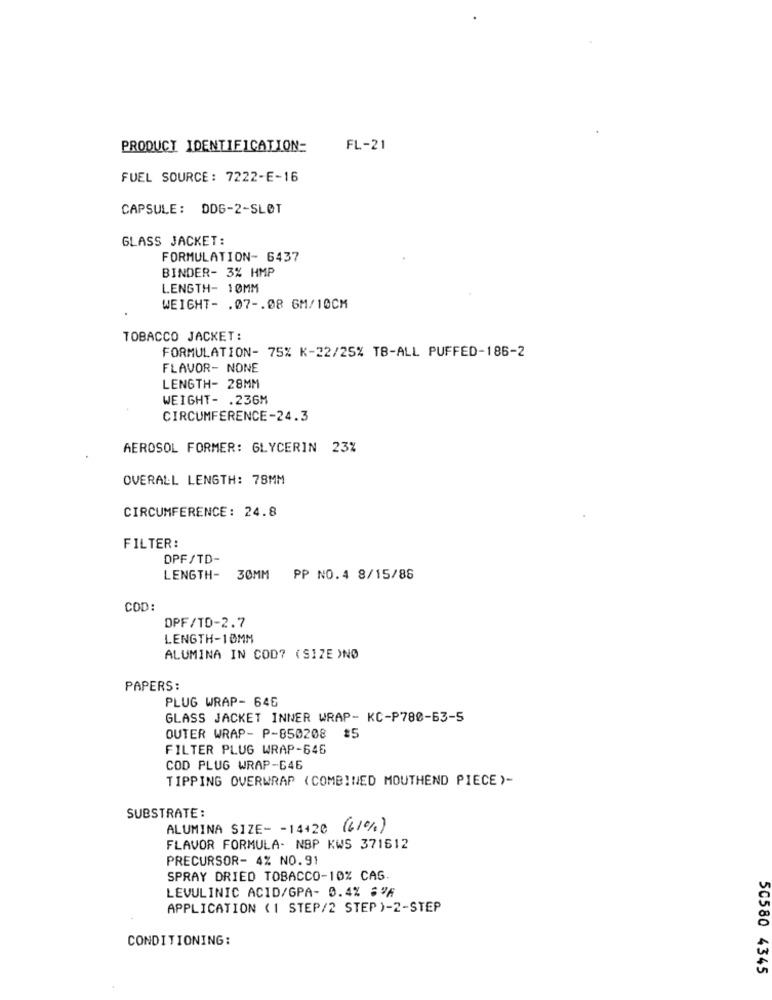
PRODUCT IDENTIFICATION:
FL-21
FUEL SOURCE : 7222-E-16
CAPSULE: DDG-2-SLØT
GLASS JACKET:
FORMULATION- 6437
BINDER- 3% HMP
LENGTH- 10MM
WEIGHT- . 07 -. 08 6M/10CM
TOBACCO JACKET:
FORMULATION- 75% K-22/25% TB-ALL PUFFED-186-2
FLAVOR- NONE
LENGTH- 28MM
WEIGHT- . 236M
CIRCUMFERENCE-24.3
AEROSOL FORMER: GLYCERIN 23%
OVERALL LENGTH: 78MM
CIRCUMFERENCE: 24.8
FILTER:
DPF/TD-
LENGTH- 30MM PP NO.4 8/15/86
COD:
DPF/TD-2.7
LENGTH-10MM
ALUMINA IN COD? (SIZE )NØ
PAPERS:
PLUG WRAP- 646
GLASS JACKET INNER WRAP- KC-P780-63-5
OUTER WRAP- P-850208
$5
FILTER PLUG WRAP-646
COD PLUG WRAP-646
TIPPING OVERWRAP (COMBINED MOUTHEND PIECE )-
SUBSTRATE :
ALUMINA SIZE- - 14420 (61%)
FLAVOR FORMULA- NBP KWS 371612
PRECURSOR- 4% NO.91
SPRAY DRIED TOBACCO-10% CAS.
LEVULINIC ACID/GPA- 0.4% %%
APPLICATION (1 STEP/2 STEP )-2-STEP
CONDITIONING:
50580 4345